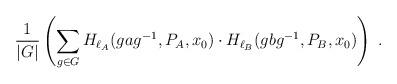
LaTeX: \begin{align*}{1\over |G|}\left(\sum_{g\in G} H_{\ell_A}(gag^{-1},P_A,x_0)\cdot H_{\ell_B}(gbg^{-1},P_B,x_0)\right)~.\end{align*}